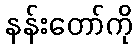
နန်းတော်ကို